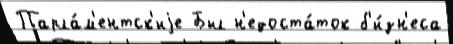
Парла́м'ентск'иjе Был н'едоста́ток б'и́зн'еса